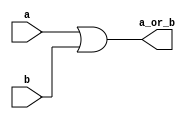
`timescale 1ns / 1ps
//////////////////////////////////////////////////////////////////////////////////
// Company: 
// Engineer: 
// 
// Design Name: 
// Module Name:    or_ALU 
// Project Name: 
// Target Devices: 
// Tool versions: 
// Description: 
//
// Dependencies: 
//
// Revision: 
// Revision 0.01 - File Created
// Additional Comments: 
//
//////////////////////////////////////////////////////////////////////////////////
module or_ALU(a, b, a_or_b);
	
	input a, b;
	output a_or_b;
	
	or or_a_b(a_or_b, a, b);
	
endmodule